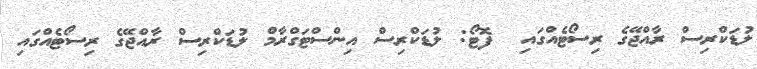
ލުޑަކްރިސް ރާއްޖޭގެ ރިސޯޓެއްގައި  ފޮޓޯ: ލުޑަކްރިސް އިންސްޓަގްރާމް ލުޑަކްރިސް ރާއްޖޭގެ ރިސޯޓެއްގައި